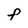
Character: F